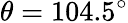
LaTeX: \theta=104.5^{\circ}